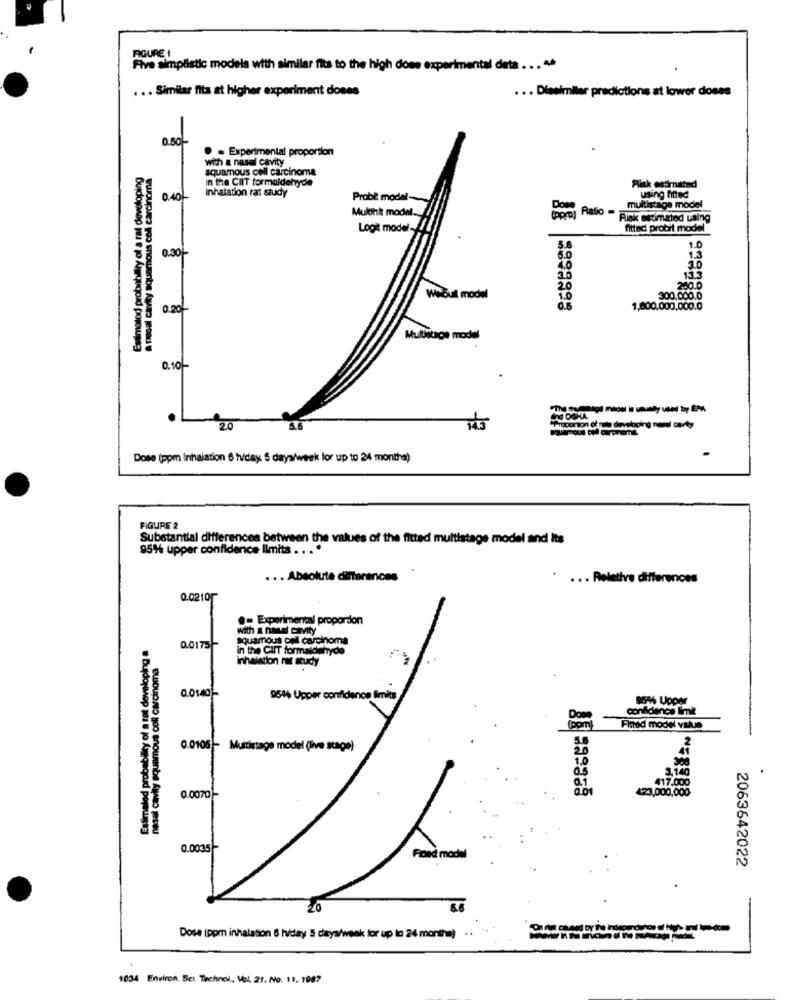
FIGURE I
Five simplistic models with similar fits to the high does experimental dets ... "
. .. Similar fita at higher experiment doses
... Dieeimiller predictions at lower doses
. . Experimental proportion
Esilmotod probability of a rat developing
a nasal cavity squamous cell carcinoma
with a nasal cavity
squamous cell carcinoma
Inhalation rat study
In the CIIT formaldehyde
Risk estimated
0.40
Probi model-
using fitted
Ratio -
multistage model
Multihit model ..
Risk estimated using
Logit model-
fitted probit model
0.30
5.
1.0
5.0
1.3
4.0
10
13.3
20
Webul model
1.0
300.000.0
1,600,000,000.0
Multistage model
0.10-
"The forumlegs medel is ututhy used by EMA
OG OSHA
20
"Tigportion of mals developing nandl cavty
Dose (ppm inhalation 6 hv/day 5 days/week for up to 24 montha)
FIGURE 2
Substantial differences between the values of the fitted multistage model and its
95%% upper confidence limits . . . "
... Absolute differences
. ... Relative differences
0.0210
. Experimental propordon
with & nasal Cavity
Estimated probability of a rat developing a
squamous cell carcinoma
nasal cavity squamous cell carcinoma
0.0175-
in the CHIT formaldehyde
inhalation rat study
0.0140-
9544 Upper confidence Smits
9596 Upper
confidence limit
Done
(ppm)
Finod model vale
2
0.0105- Multistage model (live stage)
1.0
0.1
2.140
423,000,000
417.000
0.0070-
0.0035-
Fond model
2063642022
20
Dose (ppm inhalation 6 hiday 5 days/week for up to 24 montha) ..
1034 Environ, Sex. Technol ., Vol. 21. No. 13. 1087